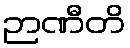
ဉာဏီတိ